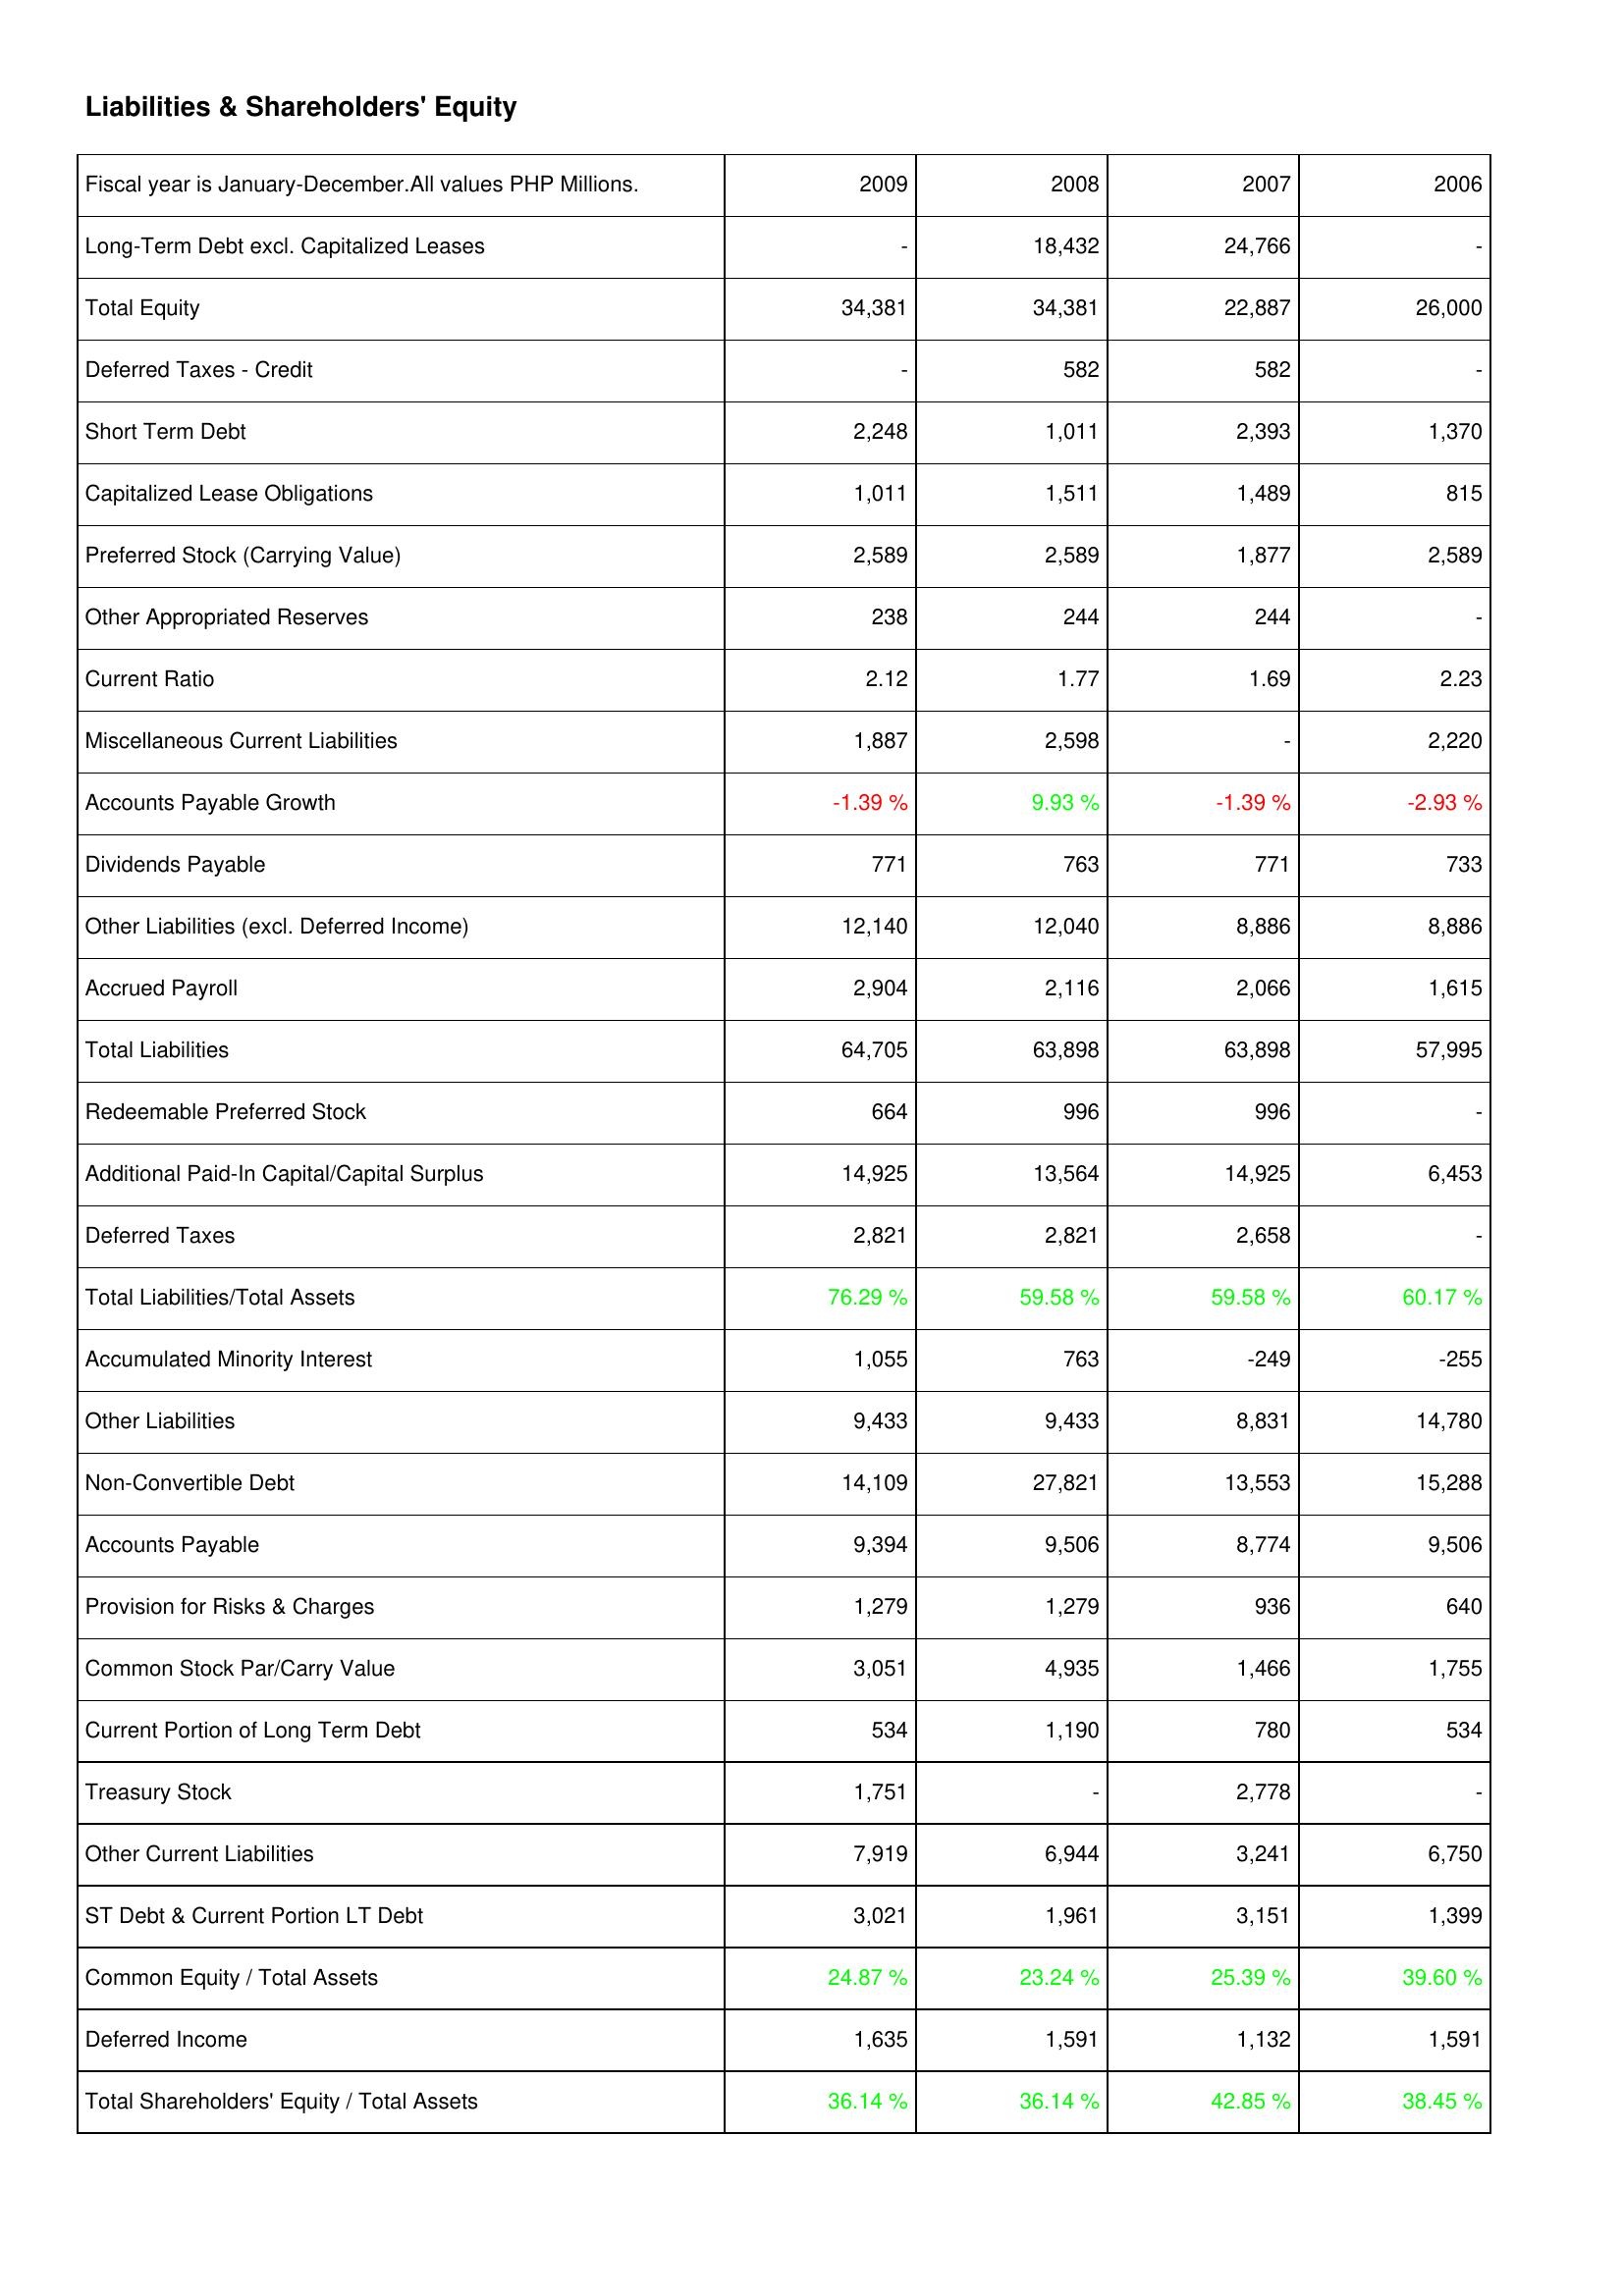
2009: Liabilities & Shareholders' Equity: Long-Term Debt excl. Capitalized Leases: -
Total Equity: 34,381
Deferred Taxes - Credit: -
Short Term Debt: 2,248
Capitalized Lease Obligations: 1,011
Preferred Stock (Carrying Value): 2,589
Other Appropriated Reserves: 238
Current Ratio: 2.12
Miscellaneous Current Liabilities: 1,887
Accounts Payable Growth: -1.39 %
Dividends Payable: 771
Other Liabilities (excl. Deferred Income): 12,140
Accrued Payroll: 2,904
Total Liabilities: 64,705
Redeemable Preferred Stock: 664
Additional Paid-In Capital/Capital Surplus: 14,925
Deferred Taxes: 2,821
Total Liabilities/Total Assets: 76.29 %
Accumulated Minority Interest: 1,055
Other Liabilities: 9,433
Non-Convertible Debt: 14,109
Accounts Payable: 9,394
Provision for Risks & Charges: 1,279
Common Stock Par/Carry Value: 3,051
Current Portion of Long Term Debt: 534
Treasury Stock: 1,751
Other Current Liabilities: 7,919
ST Debt & Current Portion LT Debt: 3,021
Common Equity / Total Assets: 24.87 %
Deferred Income: 1,635
Total Shareholders' Equity / Total Assets: 36.14 %
2008: Liabilities & Shareholders' Equity: Long-Term Debt excl. Capitalized Leases: 18,432
Total Equity: 34,381
Deferred Taxes - Credit: 582
Short Term Debt: 1,011
Capitalized Lease Obligations: 1,511
Preferred Stock (Carrying Value): 2,589
Other Appropriated Reserves: 244
Current Ratio: 1.77
Miscellaneous Current Liabilities: 2,598
Accounts Payable Growth: 9.93 %
Dividends Payable: 763
Other Liabilities (excl. Deferred Income): 12,040
Accrued Payroll: 2,116
Total Liabilities: 63,898
Redeemable Preferred Stock: 996
Additional Paid-In Capital/Capital Surplus: 13,564
Deferred Taxes: 2,821
Total Liabilities/Total Assets: 59.58 %
Accumulated Minority Interest: 763
Other Liabilities: 9,433
Non-Convertible Debt: 27,821
Accounts Payable: 9,506
Provision for Risks & Charges: 1,279
Common Stock Par/Carry Value: 4,935
Current Portion of Long Term Debt: 1,190
Treasury Stock: -
Other Current Liabilities: 6,944
ST Debt & Current Portion LT Debt: 1,961
Common Equity / Total Assets: 23.24 %
Deferred Income: 1,591
Total Shareholders' Equity / Total Assets: 36.14 %
2007: Liabilities & Shareholders' Equity: Long-Term Debt excl. Capitalized Leases: 24,766
Total Equity: 22,887
Deferred Taxes - Credit: 582
Short Term Debt: 2,393
Capitalized Lease Obligations: 1,489
Preferred Stock (Carrying Value): 1,877
Other Appropriated Reserves: 244
Current Ratio: 1.69
Miscellaneous Current Liabilities: -
Accounts Payable Growth: -1.39 %
Dividends Payable: 771
Other Liabilities (excl. Deferred Income): 8,886
Accrued Payroll: 2,066
Total Liabilities: 63,898
Redeemable Preferred Stock: 996
Additional Paid-In Capital/Capital Surplus: 14,925
Deferred Taxes: 2,658
Total Liabilities/Total Assets: 59.58 %
Accumulated Minority Interest: -249
Other Liabilities: 8,831
Non-Convertible Debt: 13,553
Accounts Payable: 8,774
Provision for Risks & Charges: 936
Common Stock Par/Carry Value: 1,466
Current Portion of Long Term Debt: 780
Treasury Stock: 2,778
Other Current Liabilities: 3,241
ST Debt & Current Portion LT Debt: 3,151
Common Equity / Total Assets: 25.39 %
Deferred Income: 1,132
Total Shareholders' Equity / Total Assets: 42.85 %
2006: Liabilities & Shareholders' Equity: Long-Term Debt excl. Capitalized Leases: -
Total Equity: 26,000
Deferred Taxes - Credit: -
Short Term Debt: 1,370
Capitalized Lease Obligations: 815
Preferred Stock (Carrying Value): 2,589
Other Appropriated Reserves: -
Current Ratio: 2.23
Miscellaneous Current Liabilities: 2,220
Accounts Payable Growth: -2.93 %
Dividends Payable: 733
Other Liabilities (excl. Deferred Income): 8,886
Accrued Payroll: 1,615
Total Liabilities: 57,995
Redeemable Preferred Stock: -
Additional Paid-In Capital/Capital Surplus: 6,453
Deferred Taxes: -
Total Liabilities/Total Assets: 60.17 %
Accumulated Minority Interest: -255
Other Liabilities: 14,780
Non-Convertible Debt: 15,288
Accounts Payable: 9,506
Provision for Risks & Charges: 640
Common Stock Par/Carry Value: 1,755
Current Portion of Long Term Debt: 534
Treasury Stock: -
Other Current Liabilities: 6,750
ST Debt & Current Portion LT Debt: 1,399
Common Equity / Total Assets: 39.60 %
Deferred Income: 1,591
Total Shareholders' Equity / Total Assets: 38.45 %